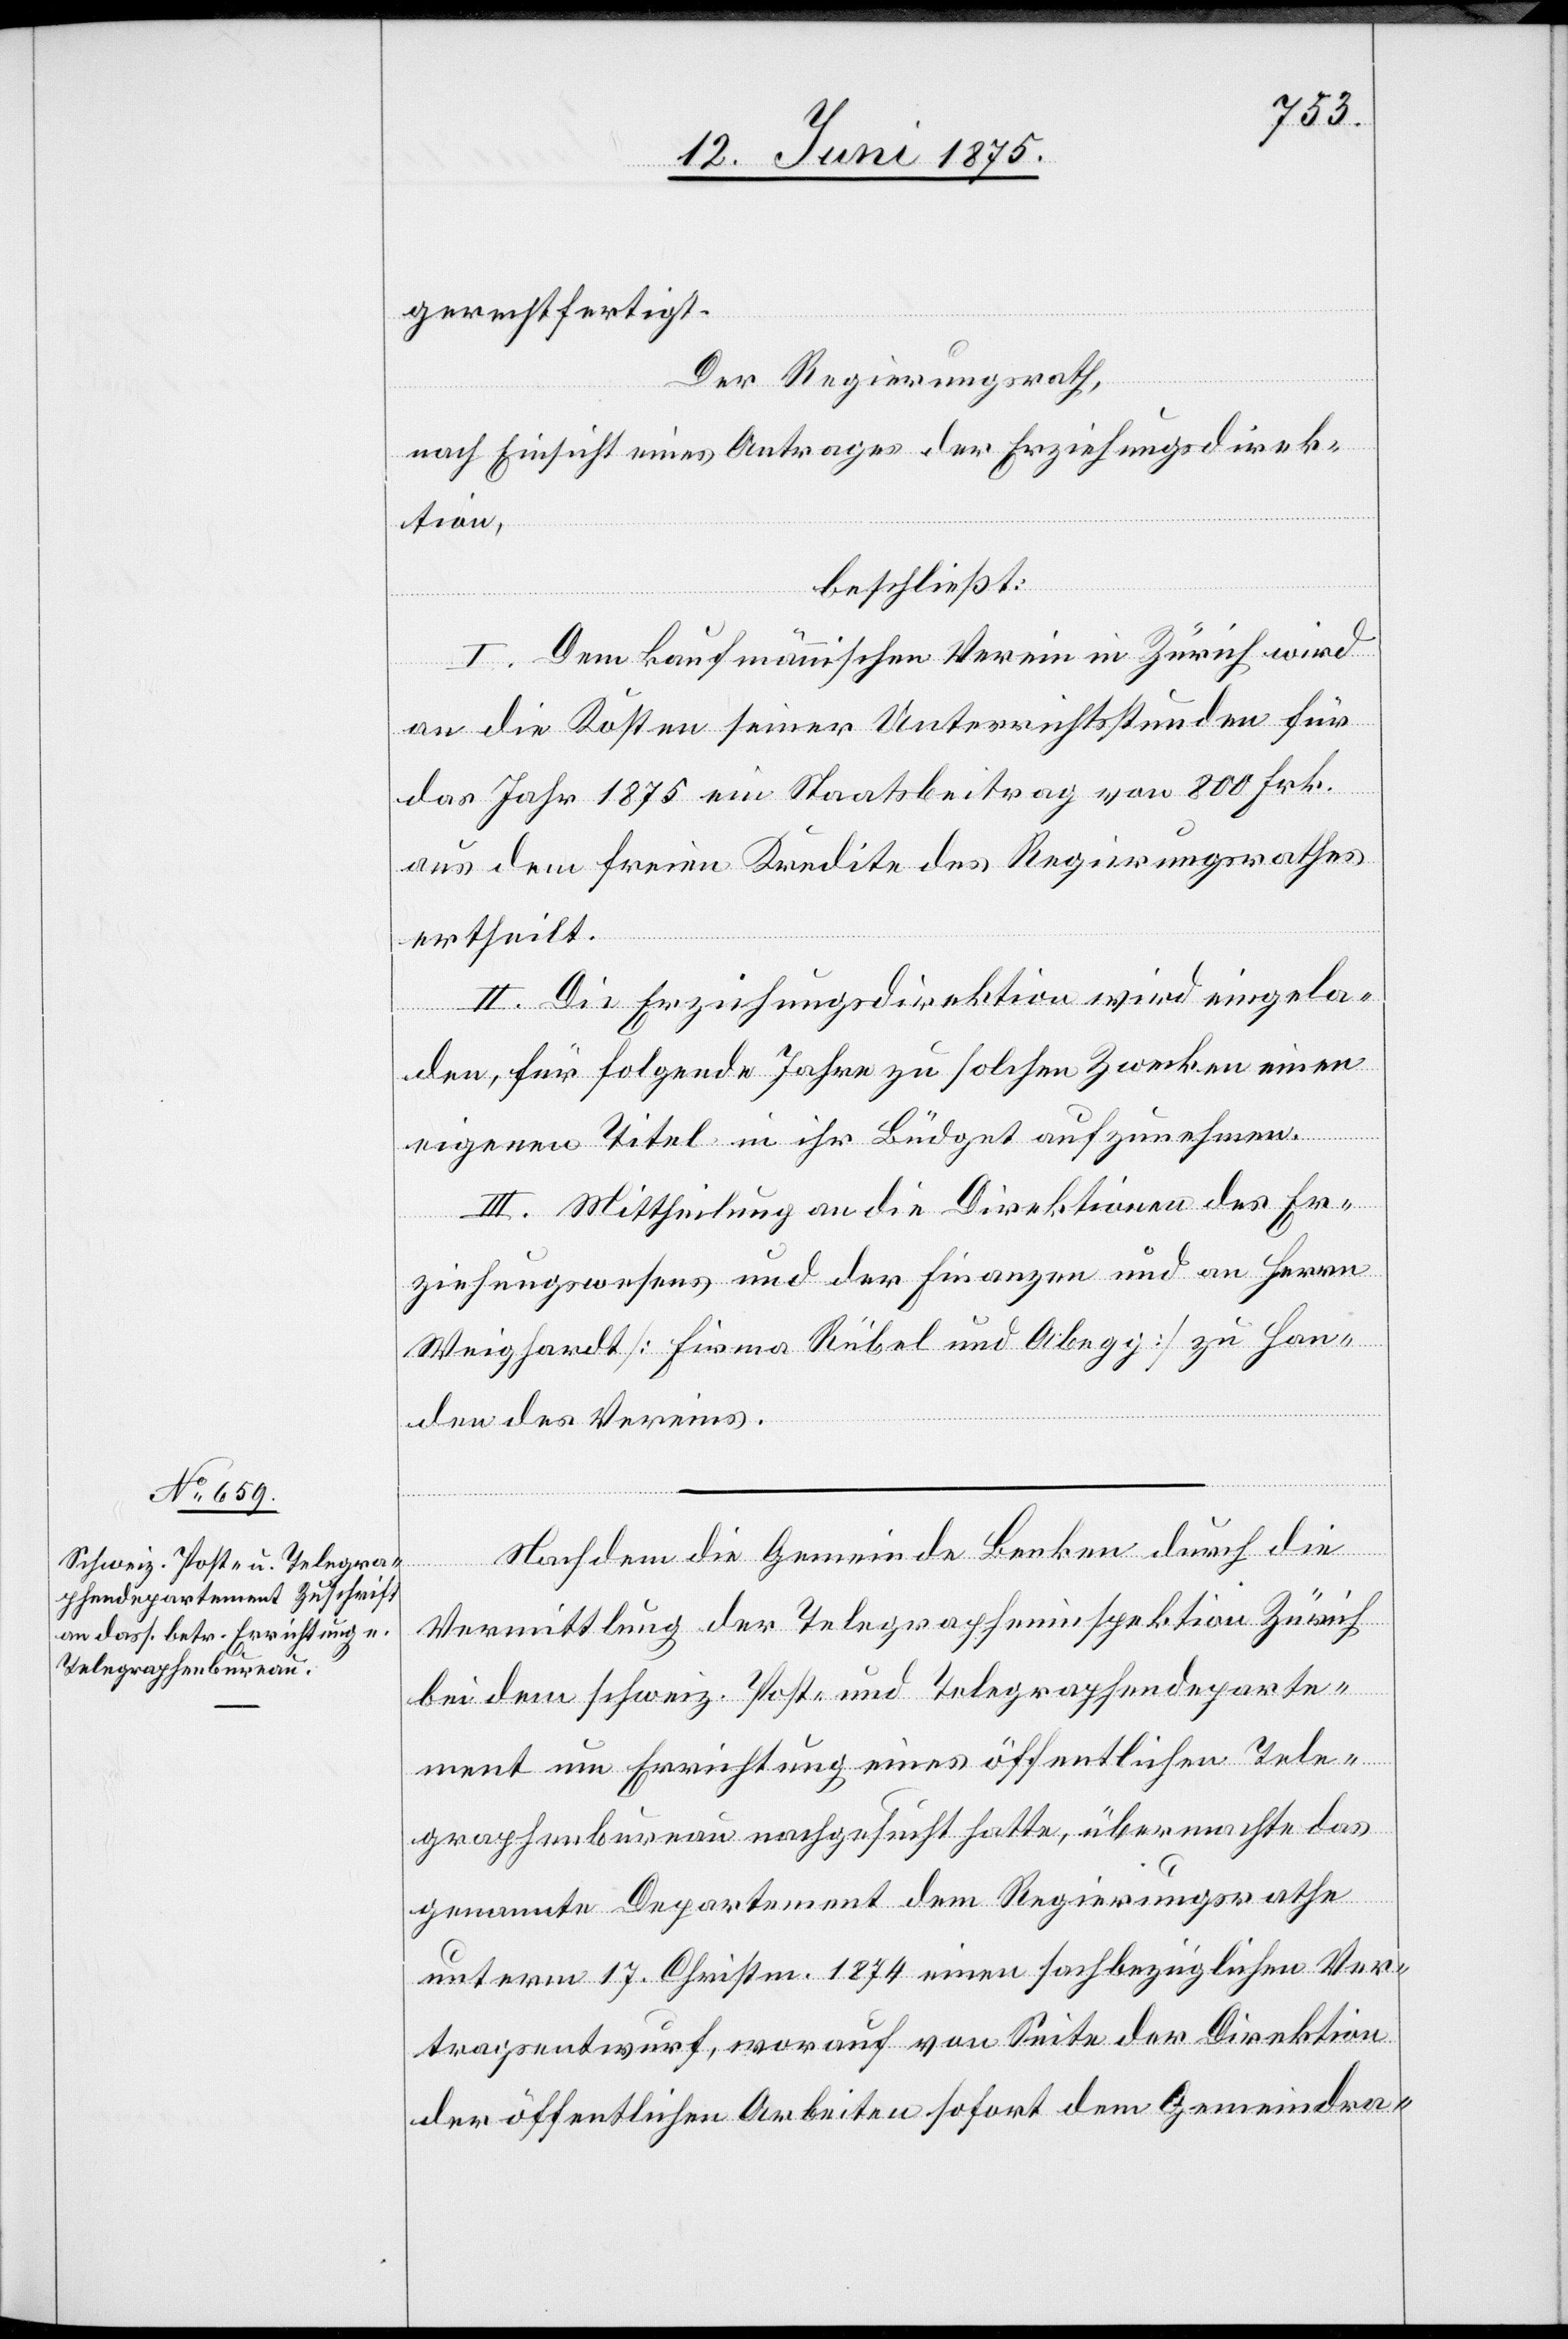
gerechtfertigt.
Der Regierungsrath,
nach Einsicht eines Antrages der Erziehungsdirek¬
tion,
beschließt:
Dem kaufmännischen Verein in Zürich wird
an die Kosten seiner Unterrichtsstunden für
das Jahr 1875 ein Staatsbeitrag von 800 Frk.
aus dem freien Kredite des Regierungsrathes
ertheilt.
II. Die Erziehungsdirektion wird eingela¬
den, für folgende Jahre zu solchen Zwecken einen
eigenen Titel in ihr Büdget aufzunehmen.
III. Mittheilung an die Direktionen des Er¬
ziehungswesens und der Finanzen und an Herrn
Weighardt [Firma Rübel und Abegg] zu Han¬
den des Vereins.
Nachdem die Gemeinde Benken durch die
Vermittlung der Telegrapheninspektion Zürich
bei dem schweiz. Post- und Telegraphendeparte¬
ment um Errichtung eines öffentlichen Tele¬
graphenbureau nachgesucht hatte, übermachte das
genannte Departement dem Regierungsrathe
unterm 17. Christm. 1874 einen sachbezüglichen Ver¬
tragsentwurf, worauf von Seite der Direktion
der öffentlichen Arbeiten sofort dem Gemeindra-